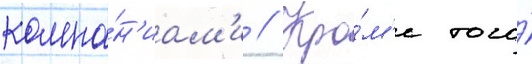
компа́н'иам'и // Кро́м'е того́